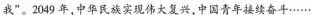
我”。2049年，中华民族实现伟大复兴，中国青年接续奋斗……